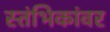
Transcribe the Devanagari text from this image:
स्तंभिकांवर